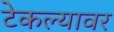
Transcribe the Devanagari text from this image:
टेकल्यावर